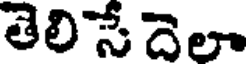
తెలిసేదెలా